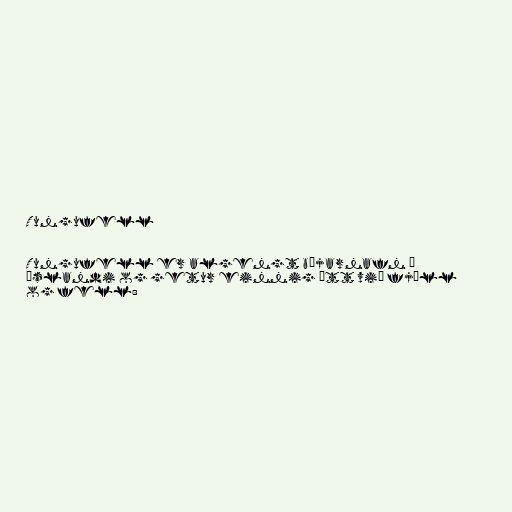
Tungufell

Tungufell er algengt bæjarnafn á
Íslandi og getur einnig átt við fjöll
og fell: